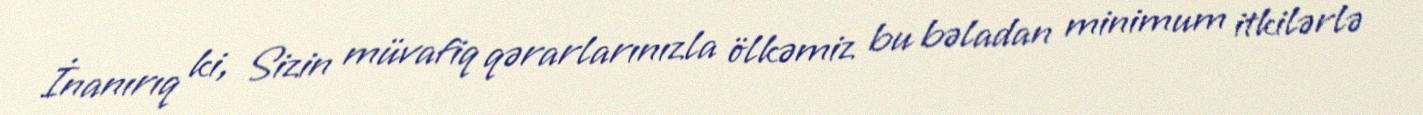
İnanırıq ki, Sizin müvafiq qərarlarınızla ölkəmiz bu bəladan minimum itkilərlə